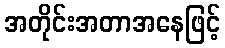
အတိုင်းအတာအနေဖြင့်